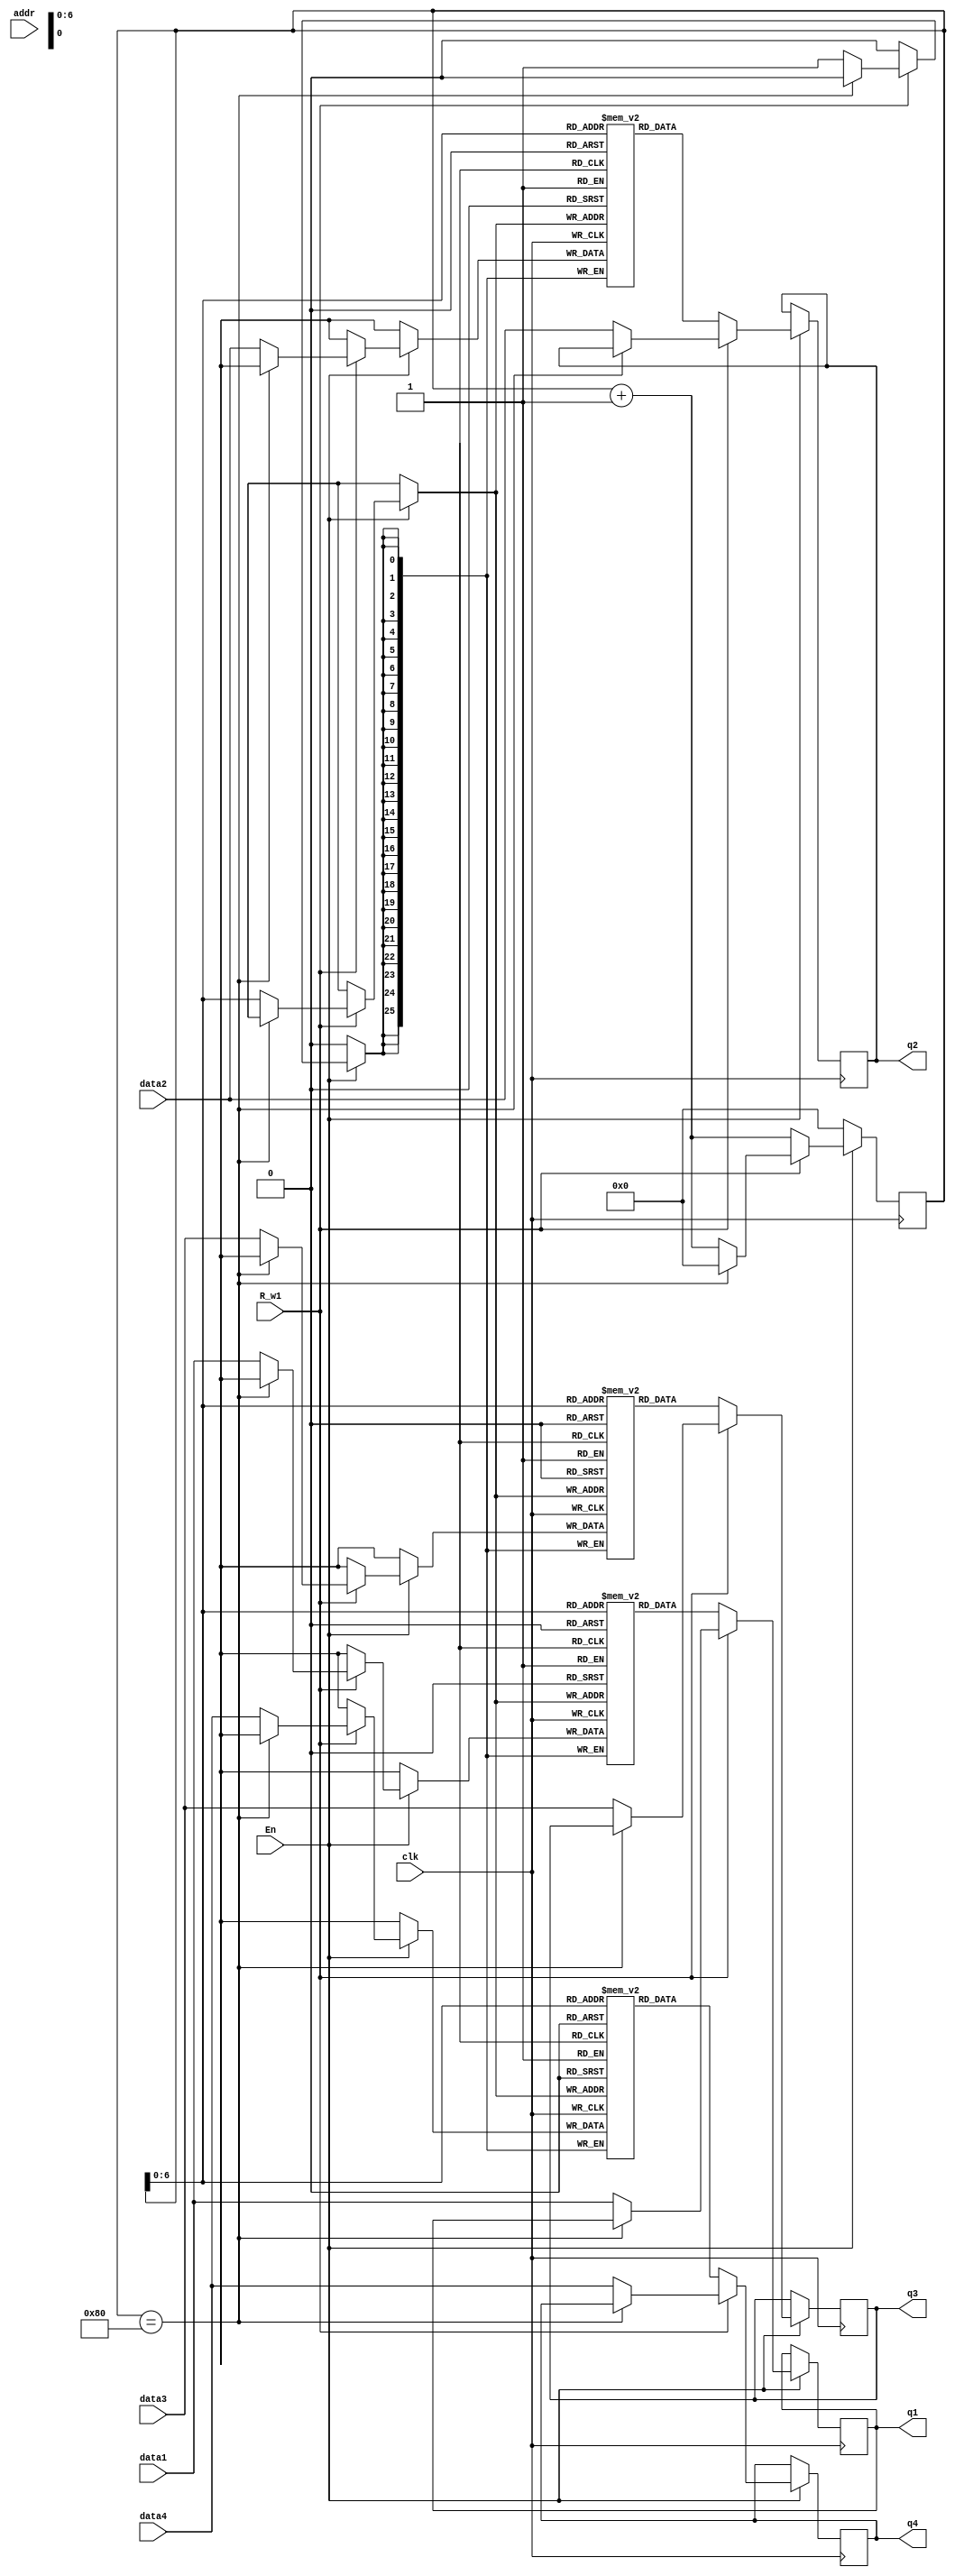
module RAM1(
    input wire clk ,
    input wire En  ,
    input wire R_w1  ,
    input wire [13:0] addr,
    input wire signed [25:0] data1,
    input wire signed [25:0] data2,
    input wire signed [25:0] data3,
    input wire signed [25:0] data4,
    output reg signed [25:0] q1, 
    output reg signed [25:0] q2,
    output reg signed [25:0] q3,
    output reg signed [25:0] q4
);

reg signed [25:0] RAM1[0:127];
reg signed [25:0] RAM2[0:127];
reg signed [25:0] RAM3[0:127];
reg signed [25:0] RAM4[0:127];
reg [7:0]cnt;
//R_w1 1
always @ (posedge clk)
begin
    if (En)  begin
        if (R_w1) begin
            if(cnt==128) begin
                cnt<=0;
            end
            else begin
                RAM1[cnt] <= data1;
                RAM2[cnt] <= data2;
                RAM3[cnt] <= data3;
                RAM4[cnt] <= data4;
                q1 <= data1; 
                q2 <= data2;
                q3 <= data3;
                q4 <= data4;
                cnt<=cnt+1;
            end
        end 
        else begin
            if(cnt==128) begin
                cnt<=0;
            end
            q1 <= RAM1[cnt]; 
            q2 <= RAM2[cnt];
            q3 <= RAM3[cnt];
            q4 <= RAM4[cnt];
            cnt<=cnt+1;
        end
    end
    else begin
         cnt<=0;
    end
end


endmodule